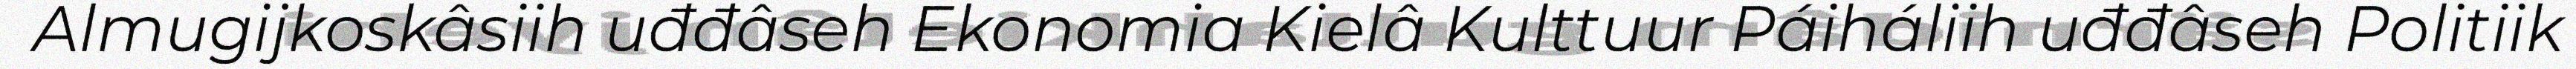
Almugijkoskâsiih uđđâseh Ekonomia Kielâ Kulttuur Páiháliih uđđâseh Politiik